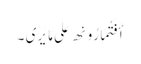
أَفَتُمَارُونَھ عَلَی مَا یَرَی ۔